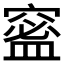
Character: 𥧧